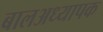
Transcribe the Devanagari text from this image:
बालअध्यापक